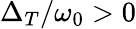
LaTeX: \Delta_{T}/\omega_{0}>0